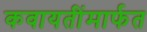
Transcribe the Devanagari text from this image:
कवायतींमार्फत